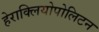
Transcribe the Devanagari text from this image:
हेराक्लियोपोलिटन